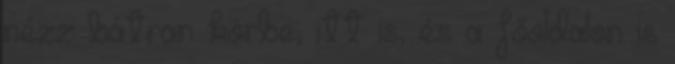
nézz bátran körbe, itt is, és a főoldalon is